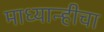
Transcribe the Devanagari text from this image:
माध्यान्हीचा